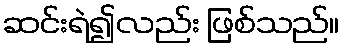
ဆင်းရဲ၍လည်း ဖြစ်သည်။